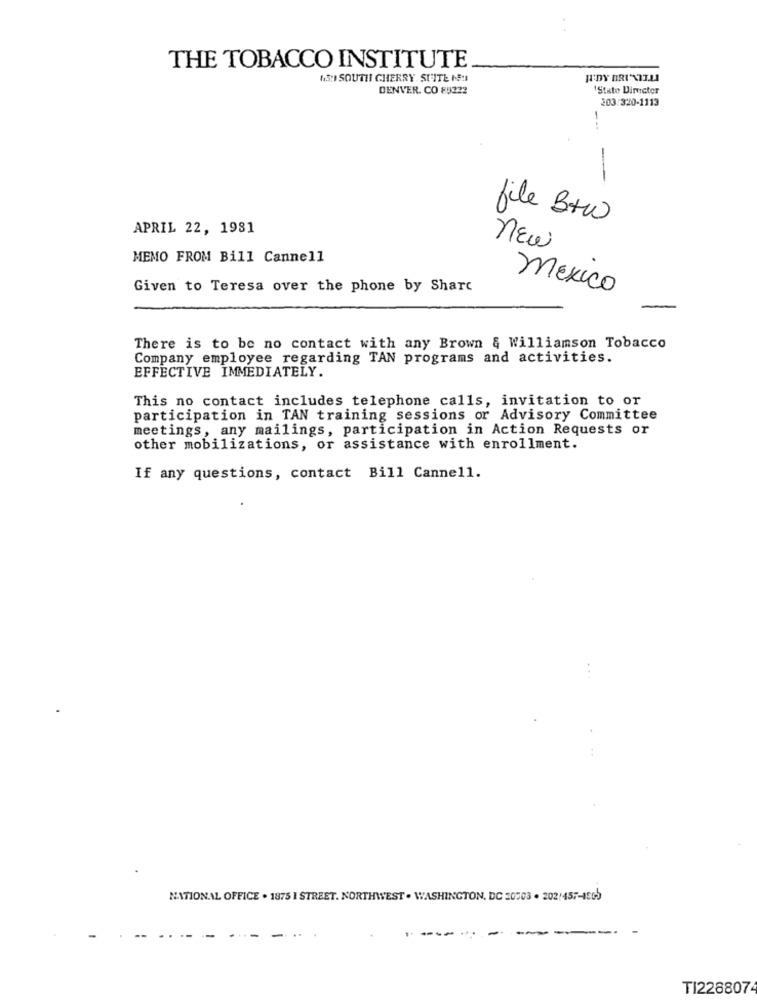
THE TOBACCO INSTITUTE
MRI SOUTH CHERRY SUITE MOI
DENVER. CO 89222
'State Director
203:320-1113
-
file Btw
APRIL 22, 1981
new
MEMO FROM Bill Cannell
Given to Teresa over the phone by Sharc
mexico
There is to be no contact with any Brown & Williamson Tobacco
Company employee regarding TAN programs and activities.
EFFECTIVE IMMEDIATELY.
This no contact includes telephone calls, invitation to or
participation in TAN training sessions or Advisory Committee
meetings, any mailings, participation in Action Requests or
other mobilizations, or assistance with enrollment.
If any questions, contact Bill Cannell.
NATIONAL OFFICE . 1875 I STREET. NORTHWEST . WASHINGTON, DC 20503 . 202/457-1505
-
TI2288074